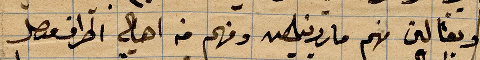
ونقالين منهم ماردينةومنهم من أهالي اطراف ...